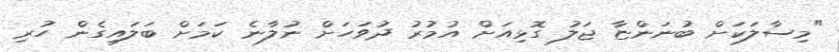
"މިސާލަކަށް ބުނަންޏާ ޖަލު ގޮޅިއަށް އުމުރު ދުވަހަށް ނުލާނެ ކަމަށް ބަަލައިގެން ހުރި